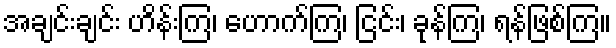
အချင်းချင်း ဟိန်းကြ၊ ဟောက်ကြ၊ ငြင်း၊ ခုန်ကြ၊ ရန်ဖြစ်ကြ။